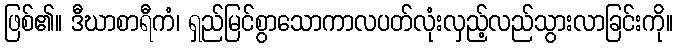
ဖြစ်၏။ ဒီဃာစာရီကံ၊ ရှည်မြင်စွာသောကာလပတ်လုံးလှည့်လည်သွားလာခြင်းကို။